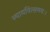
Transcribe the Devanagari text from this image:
न्यायवित्समयः।